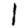
Digit: 1